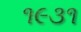
૧૯૩૧